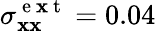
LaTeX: \sigma_{\mathbf{x}\mathbf{x}}^{\mathrm{{~e~\mathbf{x}~t~}}}=0.04